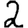
Digit: 2